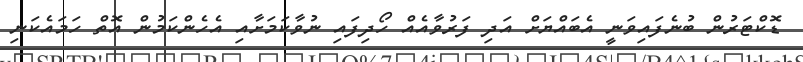
ޑޮކްޓަރުން ބުނެފައިވަނީ އެބައްޔަށް އަދި ފަރުވާއެއް ހޯދިފައި ނުވާކަމަށާއި އެހެންކަމުން އޮތް ހަމައެކަނި